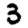
Digit: 3